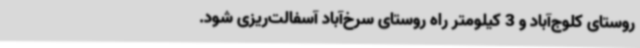
روستای کلوج‌آباد و 3 کیلومتر راه روستای سرخ‌آباد آسفالت‌ریزی شود.